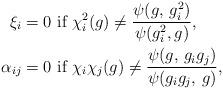
LaTeX: \begin{align*}\xi_{i} & = 0 \textnormal{ if } \chi_{i}^{2} (g) \neq \frac{ \psi (g ,\, g_{i}^{2}) }{ \psi (g_{i}^{2}, g) },\\\alpha_{ij} & = 0 \textnormal{ if } \chi_{i} \chi_{j} (g) \neq \frac{ \psi (g,\, g_{i}g_{j}) }{\psi (g_{i}g_{j},\, g)},\end{align*}